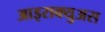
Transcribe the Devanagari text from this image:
आइराक्युअस